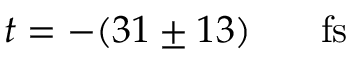
t = - ( 3 1 \pm 1 3 ) \ensuremath { \mathrm { ~ \textrm ~ { ~ \, ~ } ~ } } \ensuremath { \mathrm { f s } }